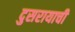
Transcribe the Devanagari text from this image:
दुसरायाची